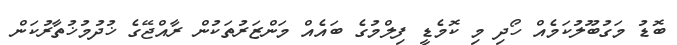
ބޮޑު މަގުބޫލުކަމެއް ހޯދި މި ކޮމެޑީ ފިލްމުގެ ބައެއް މަންޒަރުތަކުން ރާއްޖޭގެ ޚުދުމުޚުތާރުކަން